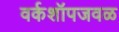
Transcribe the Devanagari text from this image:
वर्कशॉपजवळ